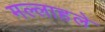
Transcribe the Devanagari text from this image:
मल्लाहले